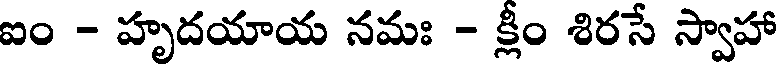
ఐం - హృదయాయ నమః - క్లీం శిరసే స్వాహా